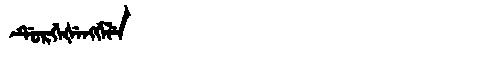
Manchu: ᡩᡠᡵᡤᡝᡧᡝᠩᡤᡝᠯᡝ
Romanization: DURGEŠENGGELE